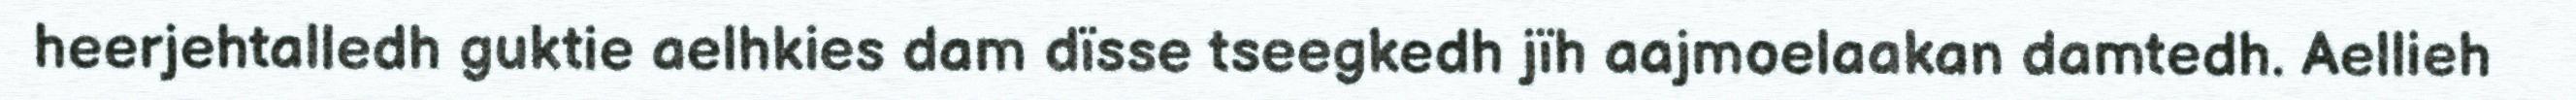
heerjehtalledh guktie aelhkies dam dïsse tseegkedh jïh aajmoelaakan damtedh. Aellieh